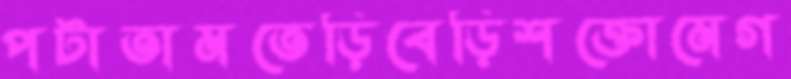
পটাতামতেড়িবেড়িশক্তোমেগ